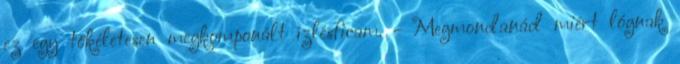
ez egy tökéletesen megkomponált ízlésficam. - Megmondanád miért lógnak